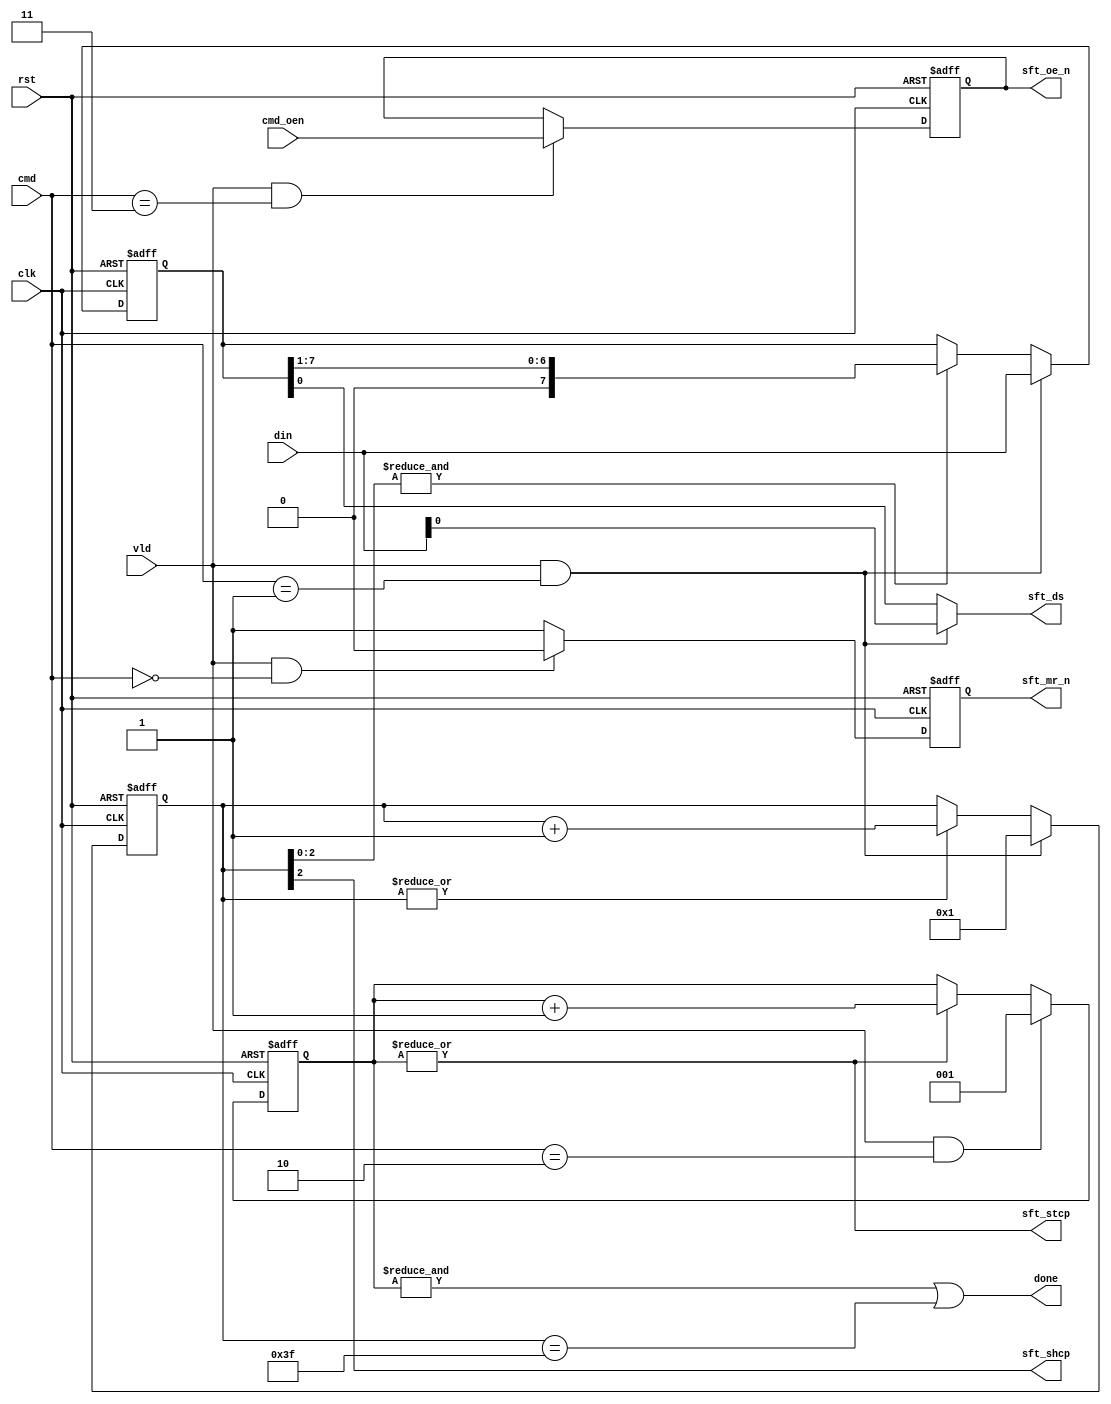
/*
00: Set master reset
01: Shift register
10: Storage register
11: Output Enable
*/
module shift(
input        clk      ,
input        rst      ,
input        vld      ,
input  [1:0] cmd      ,
input        cmd_oen  ,
input  [7:0] din      ,
output       done     ,

output       sft_shcp ,
output       sft_ds   ,
output       sft_stcp ,
output reg   sft_mr_n ,
output reg   sft_oe_n 
);

always @ ( posedge clk or posedge rst ) begin
	if( rst )
		sft_mr_n <= 1'b1 ;
	else if( vld && cmd == 2'b00 )
		sft_mr_n <= 1'b0 ;
	else
		sft_mr_n <= 1'b1 ;
end

always @ ( posedge clk or posedge rst ) begin
	if( rst )
		sft_oe_n <= 1'b1 ;
	else if( vld && cmd == 2'b11 )
		sft_oe_n <= cmd_oen ;
end

//--------------------------------------------------
// shcp counter
//--------------------------------------------------
reg [5:0] shcp_cnt ;
always @ ( posedge clk or posedge rst) begin
	if( rst )
		shcp_cnt <= 6'b0 ;
	else if( vld && cmd == 2'b01 )
		shcp_cnt <= 6'b1 ;
	else if( |shcp_cnt )
		shcp_cnt <= shcp_cnt + 6'b1 ;
end

assign sft_shcp = shcp_cnt[2] ;

reg [7:0] data ;
always @ ( posedge clk or posedge rst) begin
	if(rst)
		data <= 8'b0;
	else if( vld && cmd == 2'b01 )
		data <= din ;
	else if( &shcp_cnt[2:0] )
		data <= data >> 1 ;
end

assign sft_ds = (vld&&cmd==2'b01) ? din[0] : data[0] ;


//--------------------------------------------------
// sft_stcp
//--------------------------------------------------
reg [2:0] stcp_cnt ;
always @ ( posedge clk or posedge rst) begin
	if( rst )
		stcp_cnt <= 3'b0 ;
	else if( vld && cmd == 3'b10 )
		stcp_cnt <= 3'b1 ;
	else if( |stcp_cnt )
		stcp_cnt <= stcp_cnt + 3'b1 ;
end
assign sft_stcp = |stcp_cnt;

//--------------------------------------------------
// done
//--------------------------------------------------
assign done = (&stcp_cnt) || (shcp_cnt == 6'd63) ;

endmodule